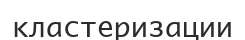
кластеризации